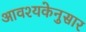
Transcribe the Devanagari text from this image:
आवश्यकेनुसार